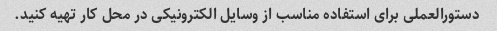
دستورالعملی برای استفاده مناسب از وسایل الکترونیکی در محل کار تهیه کنید.